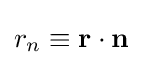
r_{n}\equiv \mathbf {r} \cdot \mathbf {n}